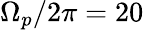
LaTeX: \Omega_{p}/2\pi=20